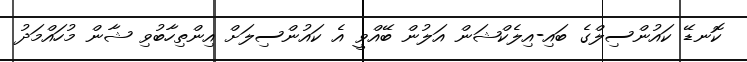
ކޮނޑޭ ކައުންސިލްގެ ބައި-އިލެކްޝަން އަލުން ބޭއްވީ އެ ކައުންސިލަށް އިންތިހާބުވި ޝާން މުހައްމަދު